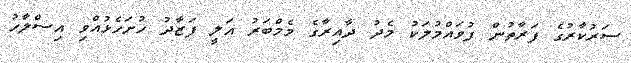
ސަރުކާރުގެ ފަރާތުން ފުވައްމުލަކު މެދު ދާއިރާގެ މެމްބަރު އަލީ ފަޒާދު ހުށަހެޅުއްވި އިސްލާހު